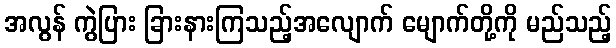
အလွန် ကွဲပြား ခြားနားကြသည့်အလျောက် မျောက်တို့ကို မည်သည့်